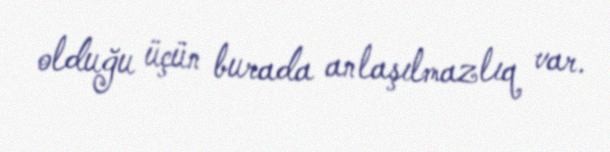
olduğu üçün burada anlaşılmazlıq var.